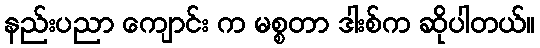
နည်းပညာ ကျောင်း က မစ္စတာ ဒါးစ်က ဆိုပါတယ်။